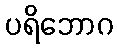
ပရိဘောဂ